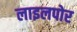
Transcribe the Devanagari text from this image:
लाइलपोर